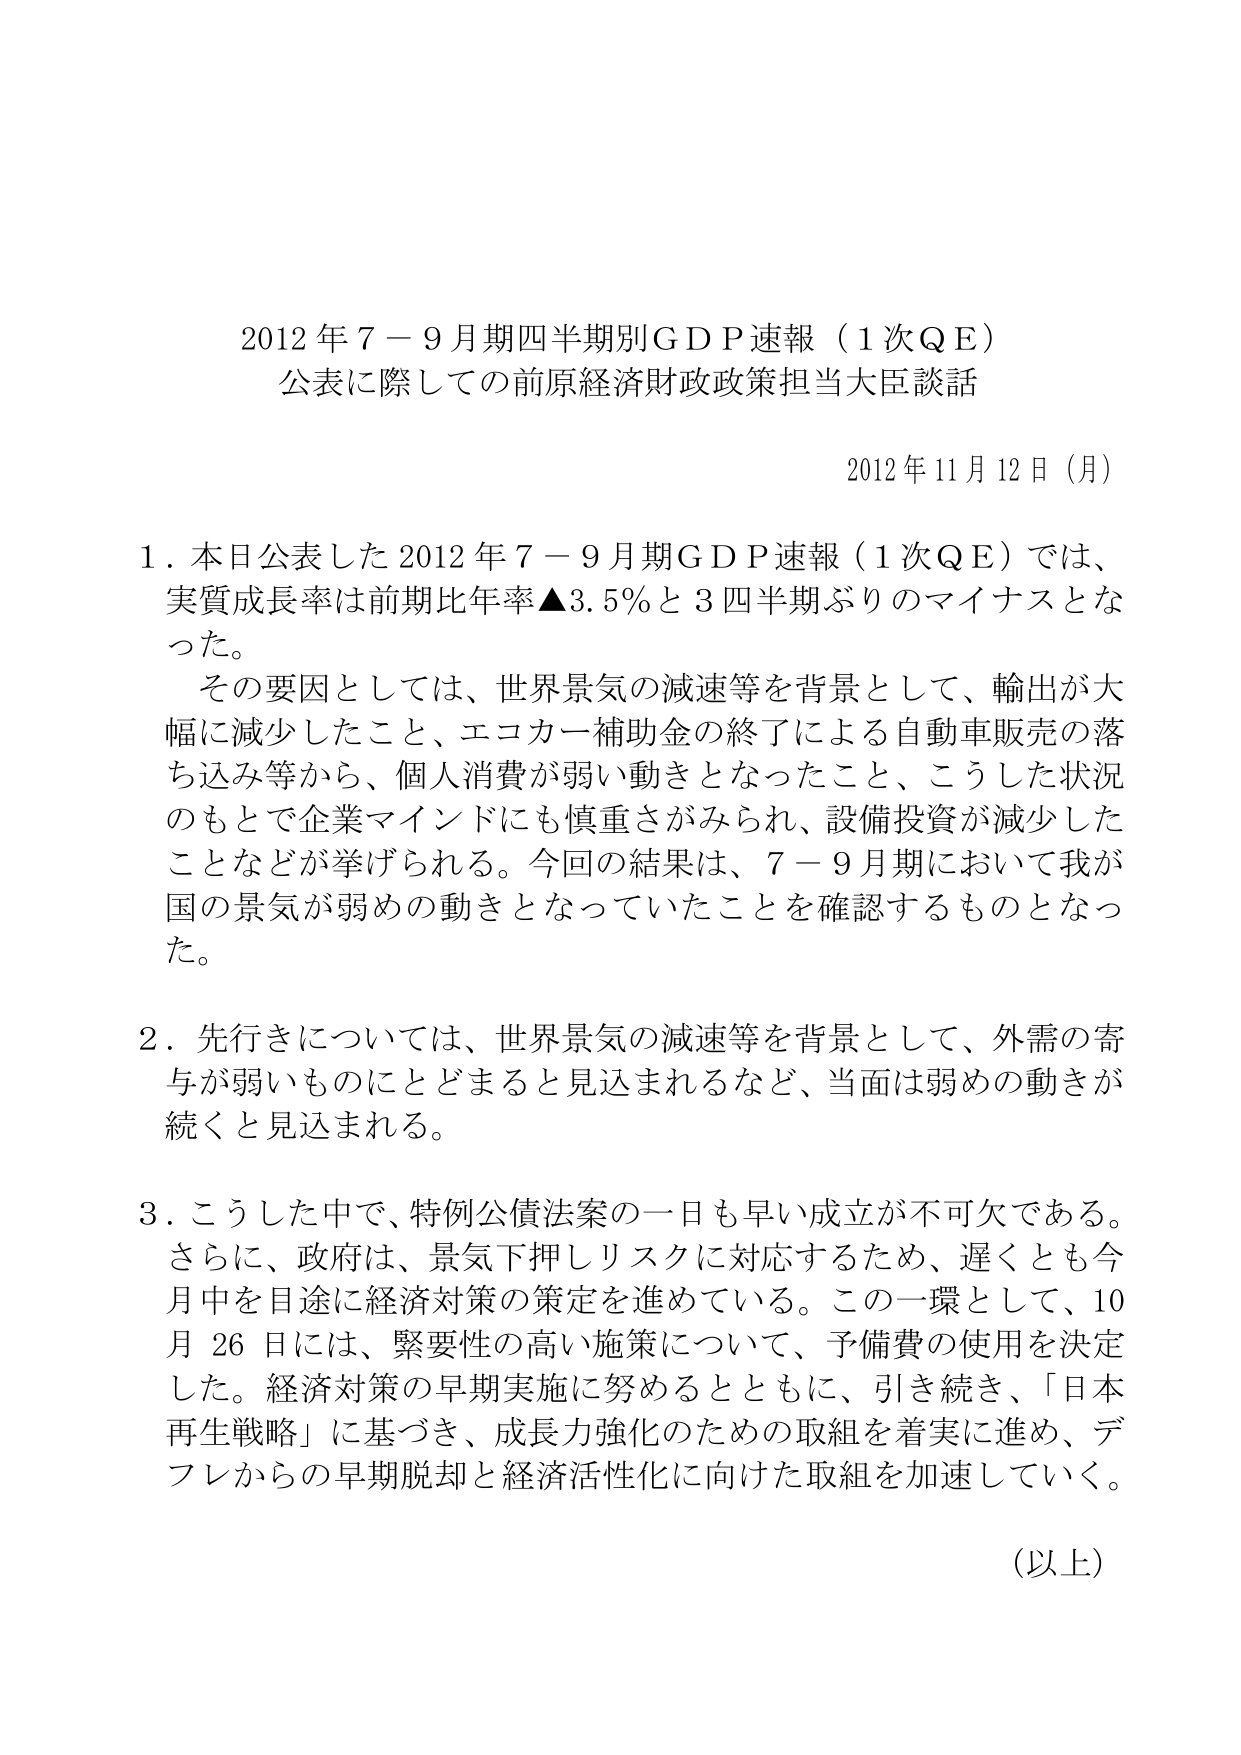
2012年7－9月期四半期別GDP速報（1次QE）
公表に際しての前原経済財政政策担当大臣談話

2012年11月12日（月）

1．本日公表した2012年7－9月期GDP速報（1次QE）では、
実質成長率は前期比年率▲3.5％と3四半期ぶりのマイナスとなった。
　その要因としては、世界景気の減速等を背景として、輸出が大幅に減少したこと、エコカー補助金の終了による自動車販売の落ち込み等から、個人消費が弱い動きとなったこと、こうした状況のもとで企業マインドにも慎重さがみられ、設備投資が減少したことなどが挙げられる。今回の結果は、7－9月期において我が国の景気が弱めの動きとなっていたことを確認するものとなった。

2．先行きについては、世界景気の減速等を背景として、外需の寄与が弱いものにとどまると見込まれるなど、当面は弱めの動きが続くと見込まれる。

3．こうした中で、特例公債法案の一日も早い成立が不可欠である。さらに、政府は、景気下押しリスクに対応するため、遅くとも今月中を目途に経済対策の策定を進めている。この一環として、10月26日には、緊要性の高い施策について、予備費の使用を決定した。経済対策の早期実施に努めるとともに、引き続き、「日本再生戦略」に基づき、成長力強化のための取組を着実に進め、デフレからの早期脱却と経済活性化に向けた取組を加速していく。

（以上）